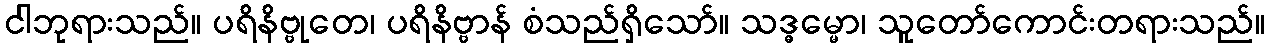
ငါဘုရားသည်။ ပရိနိဗ္ဗုတေ၊ ပရိနိဗ္ဗာန် စံသည်ရှိသော်။ သဒ္ဓမ္မော၊ သူတော်ကောင်းတရားသည်။